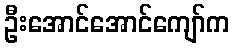
ဦးအောင်အောင်ကျော်က